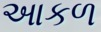
આકળ